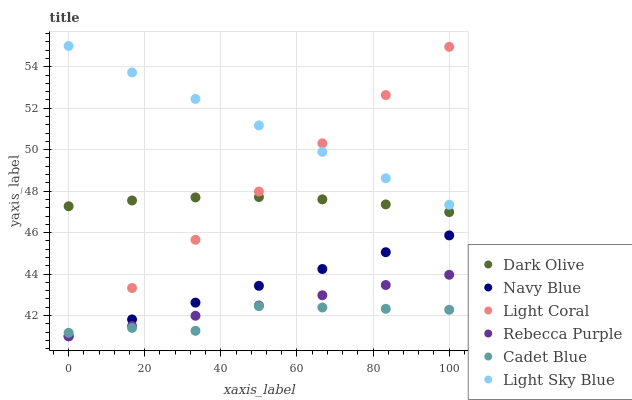
| xaxis_label | Dark Olive | Navy Blue | Light Coral | Rebecca Purple | Cadet Blue | Light Sky Blue |
 | --- | --- | --- | --- | --- | --- | --- |
 | 0 | 47.3 | 41 | 41 | 41 | 41.2 | 55 |
 | 16.7 | 47.5 | 41.8 | 43.3 | 41.5 | 41.4 | 53.7 |
 | 33.3 | 47.7 | 42.6 | 45.7 | 42 | 41.3 | 52.4 |
 | 50 | 47.7 | 43.4 | 48 | 42.5 | 42.5 | 51.2 |
 | 66.7 | 47.6 | 44.2 | 50.3 | 43 | 42.4 | 49.9 |
 | 83.3 | 47.4 | 45.1 | 52.6 | 43.5 | 42.3 | 48.6 |
 | 100 | 47 | 45.9 | 55 | 44 | 42.3 | 47.3 |